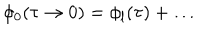
LaTeX: \phi _ { 0 } ( \tau \to 0 ) = \phi _ { \mathrm { l } } ( \tau ) + \ldots